Scientific memoirs by medical officers of the Army of India - Part III,
Year: 1887
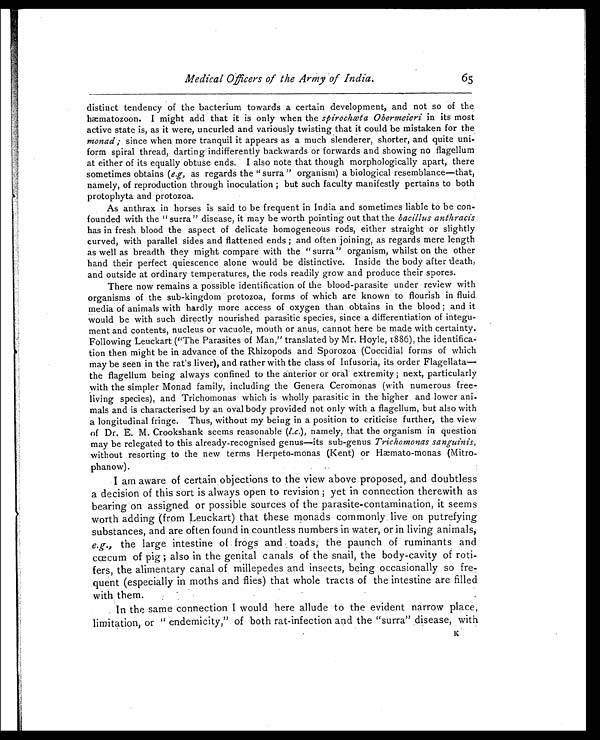
Medi cal Offi cers of t he Army of Indi a. 6 5
distinct tendency of the bacterium towards a certain development, and not so of the
hæmatozoon. I might add that it is only when the spirochæta Obermeieri in its most
active state is, as it were, uncurled and variously twisting that it could be mistaken for the
monad; since when more tranquil it appears as a much slenderer, shorter, and quite uni
-form spiral thread, darting indifferently backwards or forwards and showing no flagellum
at either of its equally obtuse ends. I also note that though morphologically apart, there
sometimes obtains ( e.g, as regards the "surra" organism) a biological resemblance—that,
namely, of reproduction through inoculation; but such faculty manifestly pertains to both
protophyta and protozoa.
As anthrax in horses is said to be frequent in India and sometimes liable to be con-
founded with the "surra" disease, it may be worth pointing out that the bacillus anthracis
has in fresh blood the aspect of delicate homogeneous rods, either straight or slightly
curved, with parallel sides and flattened ends; and often joining, as regards mere length
as well as breadth they might compare with the "surra" organism, whilst on the other
hand their perfect quiescence alone would be distinctive. Inside the body after death,
and outside at ordinary temperatures, the rods readily grow and produce their spores.
There now remains a possible identification of the blood-parasite under review with
organisms of the sub-kingdom protozoa, forms of which are known to flourish in fluid
media of animals with hardly more access of oxygen than obtains in the blood; and it
would be with such directly nourished parasitic species, since a differentiation of integu
-ment and contents, nucleus or vacuole, mouth or anus, cannot here be made with certainty.
Following Leuckart ("The Parasites of Man," translated by Mr. Hoyle, 1886), the identifica-
tion then might be in advance of the Rhizopods and Sporozoa (Coccidial forms of which
may be seen in the rat's liver), and rather with the class of Infusoria, its order Flagellata
— t h e f l a g e l l u m b e i n g a l w a y s c o n f i n e d t o t h e a n t e r i o r o r o r a l e x t r e m i t y ; n e x t , p a r t i c u l a r l y
with the simpler Monad family, including the Genera Ceromonas (with numerous free-
living species), and Trichomonas which is wholly parasitic in the higher and lower ani
-mals and is characterised by an oval body provided not only with a flagellum, but also with
a longitudinal fringe. Thus, without my being in a position to criticise further, the view
of Dr. E. M. Crookshank seems reasonable (l.c.), namely, that the organism in question
may be relegated to this already-recognised genus—its sub-genus Trichomonas sanguinis,
without resorting to the new terms Herpeto-monas (Kent) or Hæmato-monas (Mitro
-phanow).
I am aware of certain objections to the view above proposed, and doubtless
a decision of this sort is always open to revision; yet in connection therewith as
bearing on assigned or possible sources of the parasite-contamination, it seems
worth adding (from Leuckart) that these monads commonly live on putrefying
substances, and are often found in countless numbers in water, or in living animals,
e.g. , the large intestine of frogs and toads the paunch of ruminants and
cœcum of pig; also in the genital canals of the snail, the body-cavity of roti-
fers, the alimentary canal of millepedes and insects, being occasionally so fre
-quent (especially in moths and flies) that whole tracts of the intestine are filled
with them.
In the same connection I would here allude to the evident narrow place,
limitation, or "endemicity," of both rat-infection and the "surra" disease, with